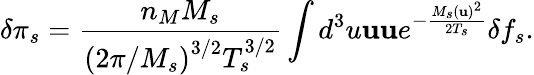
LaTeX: \delta\pi_{s}=\frac{n_{M}M_{s}}{\left(2\pi/M_{s}\right)^{3/2}T_{s}^{3/2}}\int d^{3}u\mathbf{uu}e^{-\frac{M_{s}\left(\mathbf{u}\right)^{2}}{2T_{s}}}\delta f_{s}.